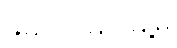
မော်လမြိုင်မြို့မှ